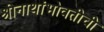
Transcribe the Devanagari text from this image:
श्रीनाथांभोवतीची